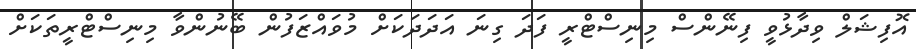
އޮފިޝަލް ވިދާޅުވީ ފިނޭންސް މިނިސްޓްރީ ފަދަ ގިނަ އަދަދަކަށް މުވައްޒަފުން ބޭނުންވާ މިނިސްޓްރީތަކަށް